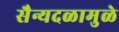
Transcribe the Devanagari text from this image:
सैन्यदळामुळे